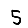
Digit: 5